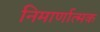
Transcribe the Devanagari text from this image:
निमार्णात्मक